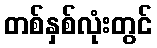
တစ်နှစ်လုံးတွင်